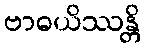
ဗာဓယိဿန္တိ